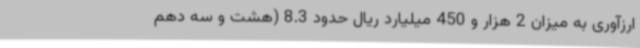
ارزآوری به میزان 2 هزار و 450 میلیارد ریال حدود 8.3 (هشت و سه دهم